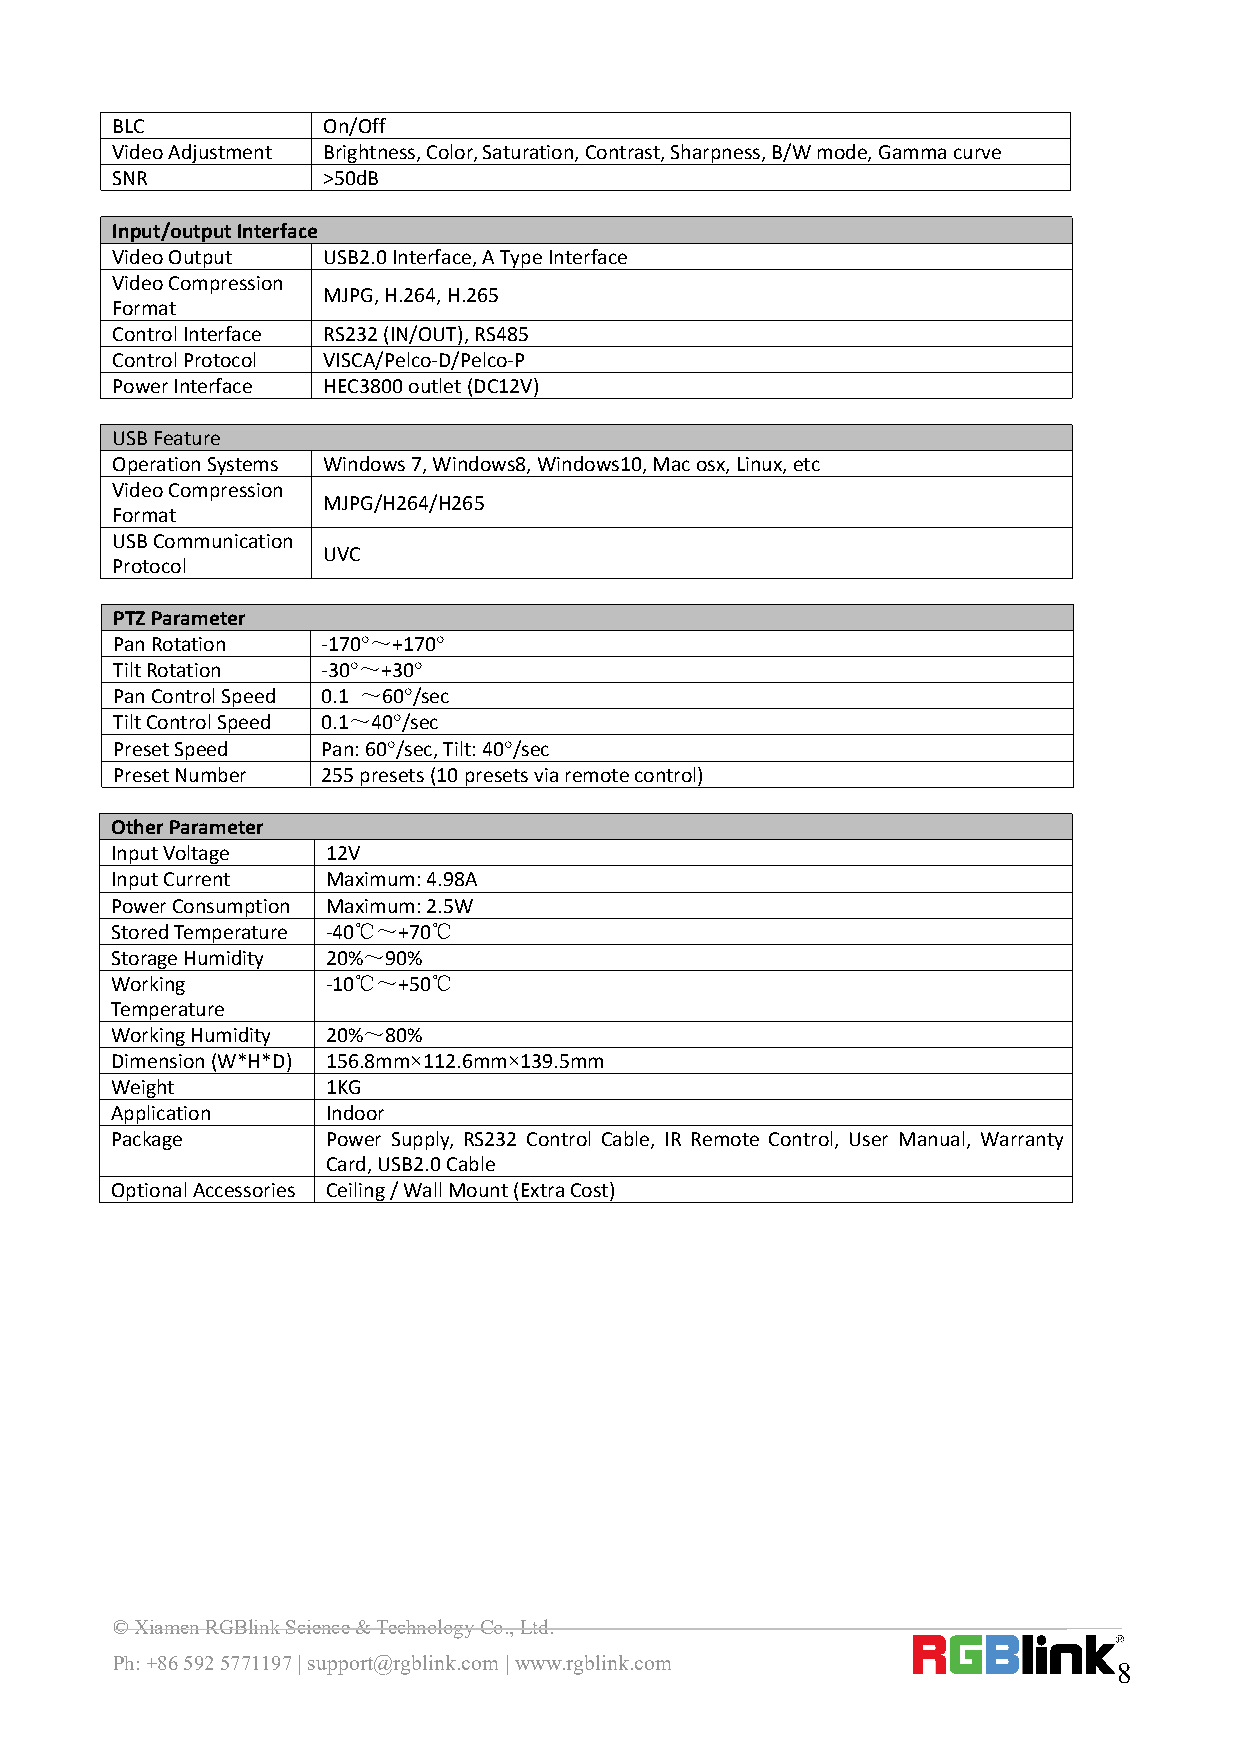
BLC           On/Off
 VideoAdjustment Brightness,Color,Saturation,Contrast,Sharpness,B/Wmode,Gammacurve
 SNR           >50dB
 Input/outputInterface
 VideoOutput   USB2.0Interface,ATypeInterface
 VideoCompression
 MJPG,H.264,H.265
 Format
 ControlInterface RS232(IN/OUT),RS485
 ControlProtocol VISCA/Pelco-D/Pelco-P
 PowerInterface HEC3800outlet(DC12V)
 USBFeature
 OperationSystems Windows7,Windows8,Windows10,Macosx,Linux,etc
 VideoCompression
 MJPG/H264/H265
 Format
 USBCommunication
 UVC
 Protocol
 PTZParameter
 PanRotation   -170°～+170°
 TiltRotation  -30°～+30°
 PanControlSpeed 0.1 ～60°/sec
 TiltControlSpeed 0.1～40°/sec
 PresetSpeed   Pan:60°/sec,Tilt:40°/sec
 PresetNumber  255presets(10presetsviaremotecontrol)
 OtherParameter
 InputVoltage   12V
 InputCurrent   Maximum:4.98A
 PowerConsumption Maximum:2.5W
 StoredTemperature -40℃～+70℃
 StorageHumidity 20%～90%
 Working        -10℃～+50℃
 Temperature
 WorkingHumidity 20%～80%
 Dimension(W*H*D) 156.8mm×112.6mm×139.5mm
 Weight         1KG
 Application    Indoor
 Package        Power Supply, RS232 Control Cable, IR Remote Control, User Manual, Warranty
 Card,USB2.0Cable
 OptionalAccessories Ceiling/WallMount(ExtraCost)
 ©XiamenRGBlinkScience&TechnologyCo.,Ltd.
 Ph:+865925771197|support@rgblink.com|www.rgblink.com
 8